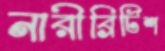
নারীব্রিটিশ